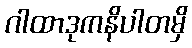
ဂါထာဒုကနိပါတမှိ